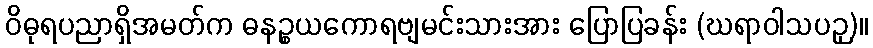
ဝိဓုရပညာရှိအမတ်က ဓနဉ္စယကောရဗျမင်းသားအား ပြောပြခန်း (ဃရာဝါသပဉှ)။